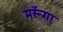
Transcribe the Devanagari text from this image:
मरूँगा